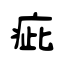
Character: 疵